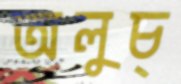
অলুচ্